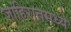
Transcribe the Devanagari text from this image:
जाहिरातमध्ये